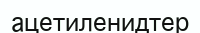
ацетиленидтер